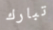
تبارك